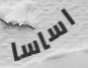
اساسا